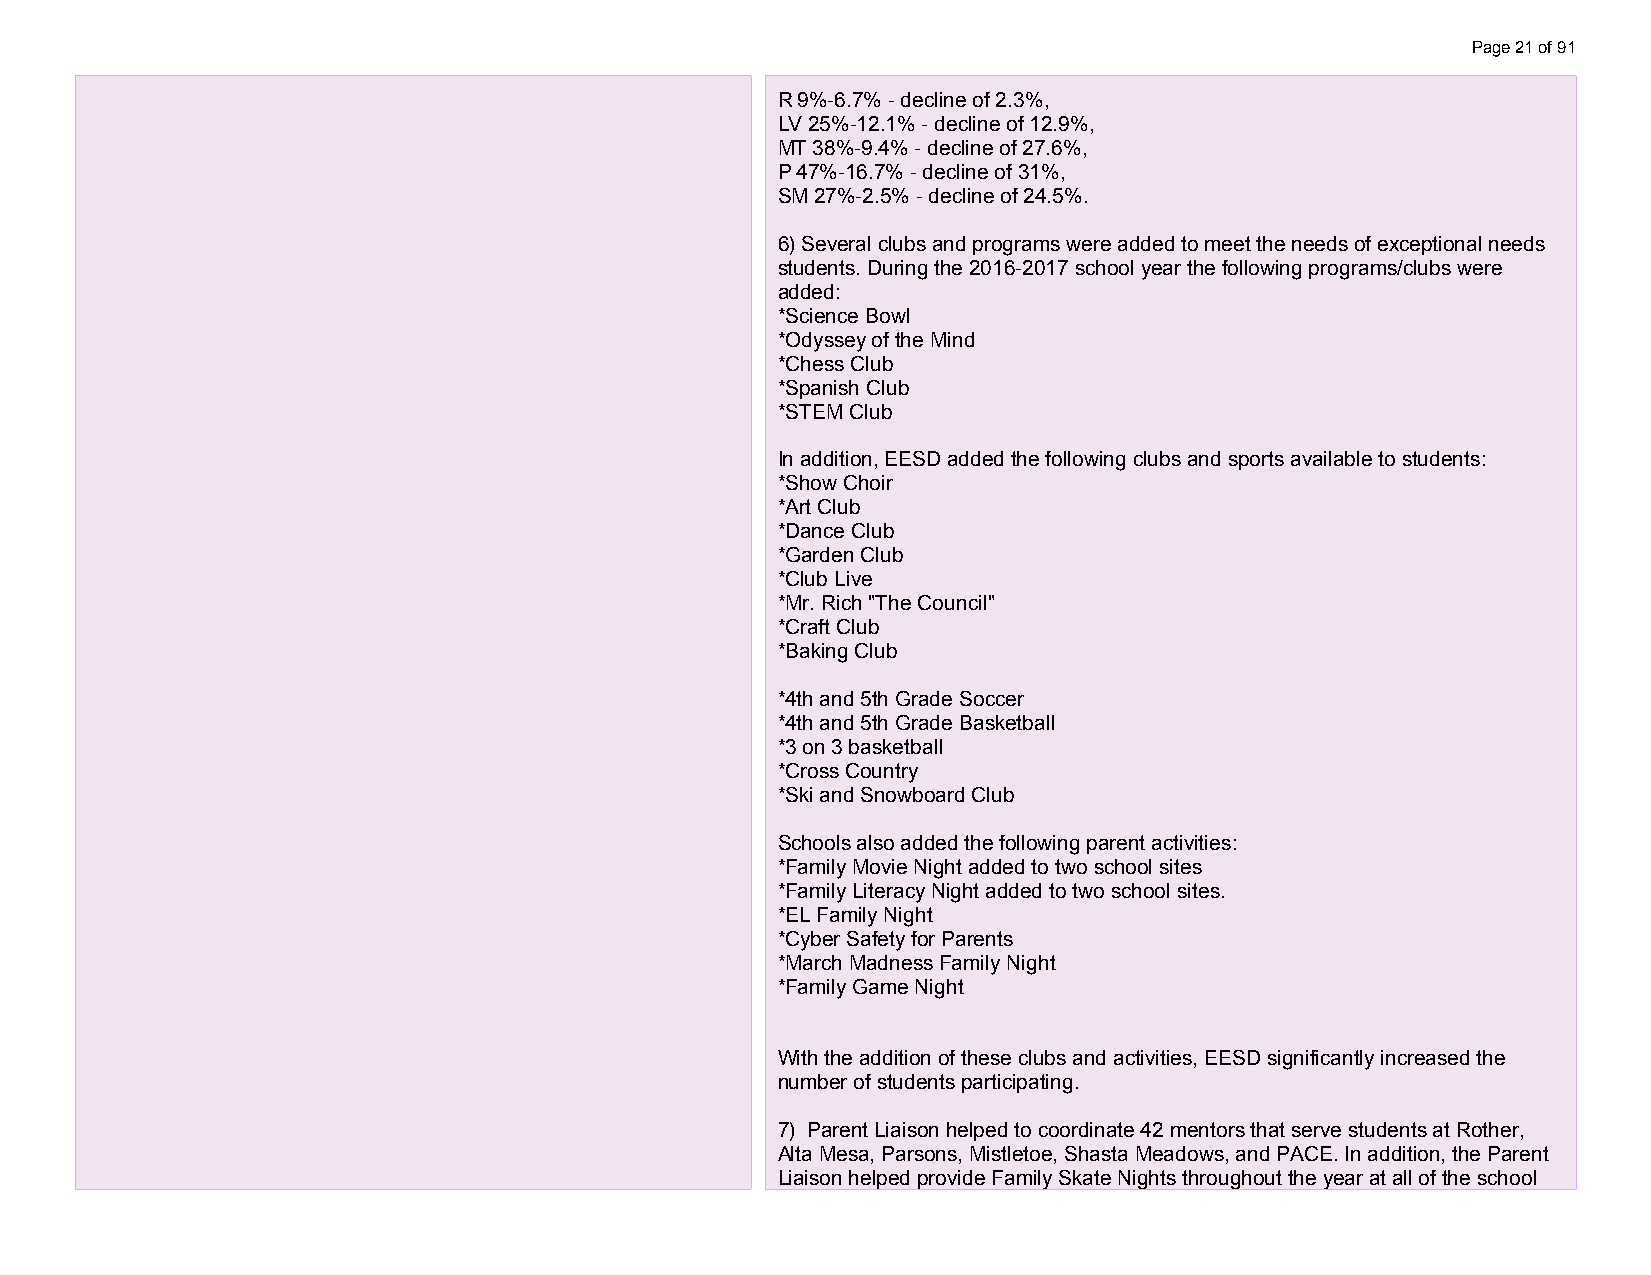
Page 21 of 91
 R 9%-6.7% - decline of 2.3%,
 LV 25%-12.1% - decline of 12.9%,
 MT 38%-9.4% - decline of 27.6%,
 P 47%-16.7% - decline of 31%,
 SM 27%-2.5% - decline of 24.5%.
 6) Several clubs and programs were added to meet the needs of exceptional needs
 students. During the 2016-2017 school year the following programs/clubs were
 added:
 *Science Bowl
 *Odyssey of the Mind
 *Chess Club
 *Spanish Club
 *STEM Club
 In addition, EESD added the following clubs and sports available to students:
 *Show Choir
 *Art Club
 *Dance Club
 *Garden Club
 *Club Live
 *Mr. Rich "The Council"
 *Craft Club
 *Baking Club
 *4th and 5th Grade Soccer
 *4th and 5th Grade Basketball
 *3 on 3 basketball
 *Cross Country
 *Ski and Snowboard Club
 Schools also added the following parent activities:
 *Family Movie Night added to two school sites
 *Family Literacy Night added to two school sites.
 *EL Family Night
 *Cyber Safety for Parents
 *March Madness Family Night
 *Family Game Night
 With the addition of these clubs and activities, EESD significantly increased the
 number of students participating.
 7) Parent Liaison helped to coordinate 42 mentors that serve students at Rother,
 Alta Mesa, Parsons, Mistletoe, Shasta Meadows, and PACE. In addition, the Parent
 Liaison helped provide Family Skate Nights throughout the year at all of the school